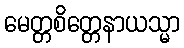
မေတ္တစိတ္တေနာယသ္မာ